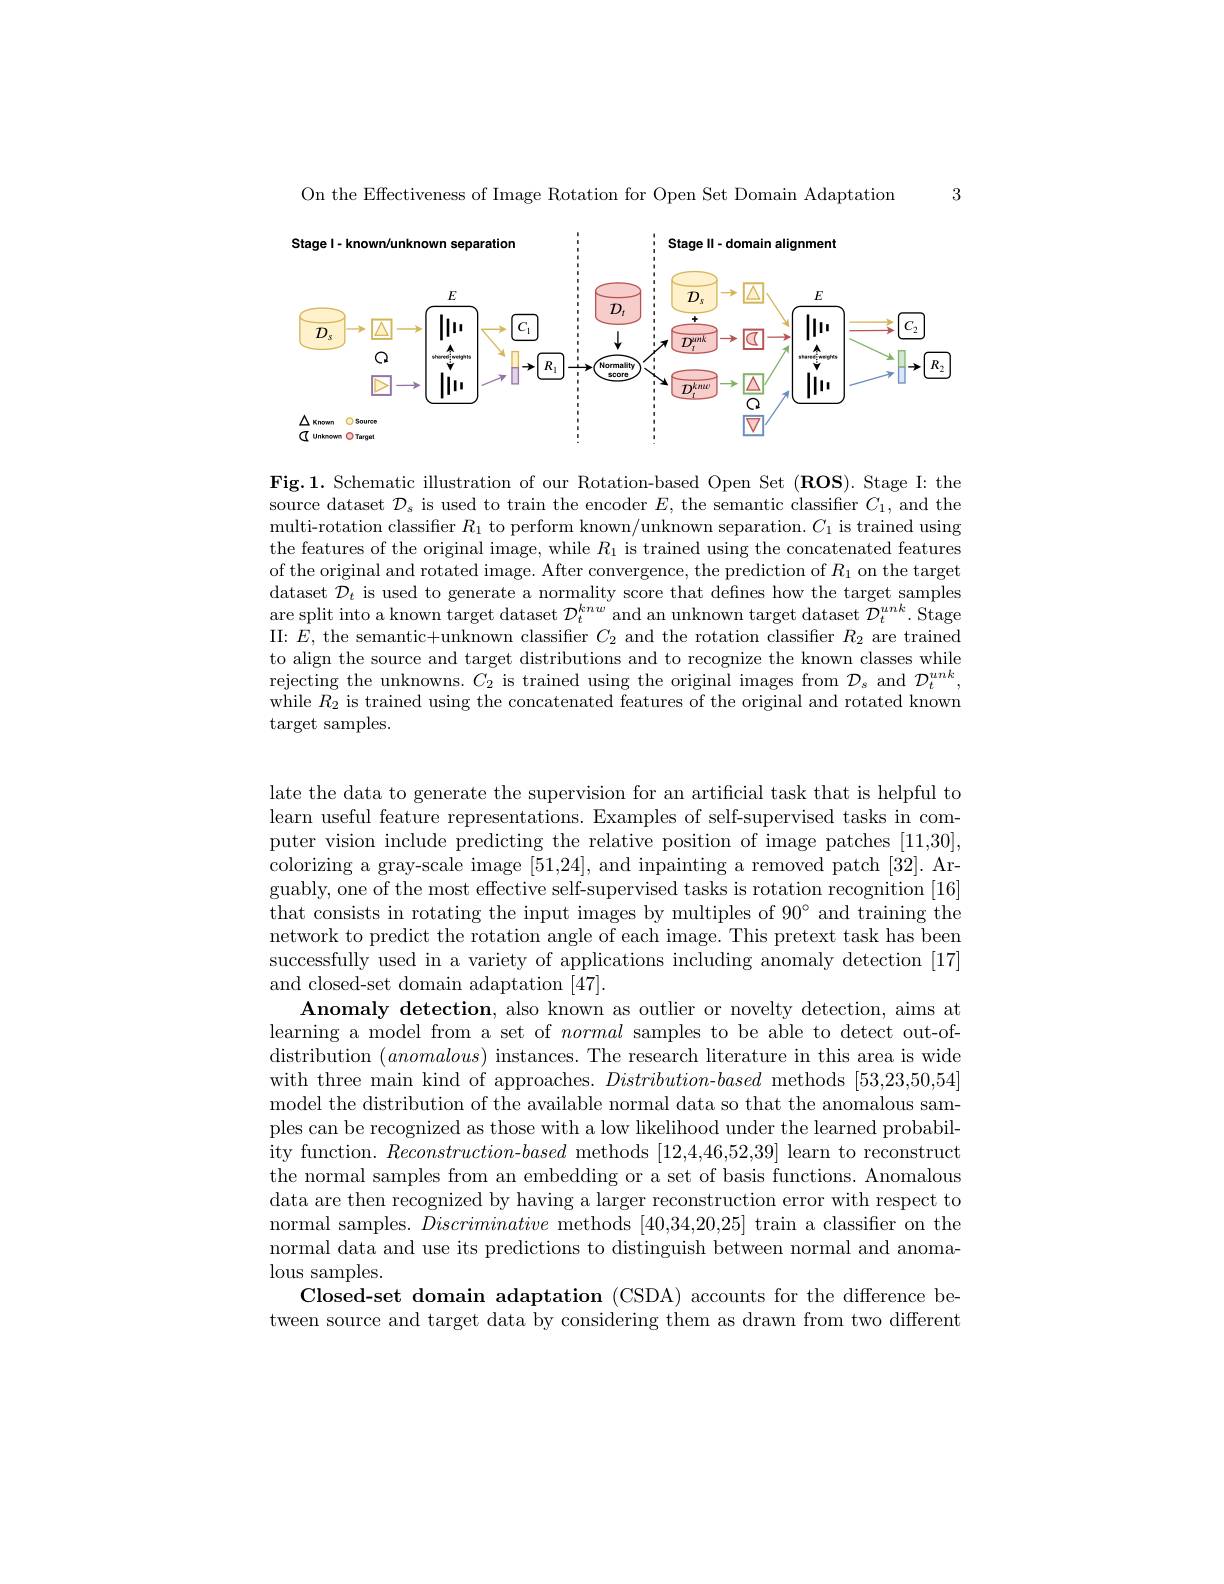
3

On the Effectiveness of Image Rotation for Open Set Domain Adaptation

<FigureHere>

$\mathbf{Fig.1.Schematic~illustration~of~our~Rotation-based~Open~Set~(ROS).~Stage~I:~the}$ source dataset $\mathcal{D}_s$ is used to train the encoder $E$, the semantic classifier $C_1$, and the multi-rotation classifer $R_1$ to perform known/unknown separation. $C_1$ is trained using the features of the original image, while $R_1$ is trained using the concatenated features of the original and rotated image. After convergence, the prediction of $R_1$ on the target dataset $\mathcal{D}_t$ is used to generate a normality score that defines how the target samples are split into a known target dataset $\mathcal{D}_t^{knw}$ and an unknown target dataset $\mathcal{D}_t^{unk}.$ Stage II: $E$, the semantic+unknown classiffer $C_2$ and the rotation classifier $R_2$ are trained to align the source and target distributions and to recognize the known classes while rejecting the unknowns. $C_2$ is trained using the original images from $\mathcal{D}_s$ and $\mathcal{D}_t^{unk}$, while $R_{2}$ is trained using the concatenated features of the original and rotated known $\operatorname{target}$samples.

late the data to generate the supervision for an artificial task that is helpful to learn useful feature representations. Examples of self-supervised tasks in computer vision include predicting the relative position of image patches [11,30], colorizing a gray-scale image [51,24], and inpainting a removed patch [32]. Arguably, one of the most effective self-supervised tasks is rotation recognition [16] that consists in rotating the input images by multiples of $90^{\circ}$ and training the network to predict the rotation angle of each image. This pretext task has been successfully used in a variety of applications including anomaly detection [17] and closed-set domain adaptation [47].
Anomaly detection, also known as outlier or novelty detection, aims at learning a model from a set of normal samples to be able to detect out-ofdistribution $(anomalous)$ instances. The research literature in this area is wide with three main kind of approaches. Distribution-based methods [53,23,50,54] model the distribution of the available normal data so that the anomalous samples can be recognized as those with a low likelihood under the learned probability function. Reconstruction-based methods [12,4,46,52,39] learn to reconstruct the normal samples from an embedding or a set of basis functions. Anomalous data are then recognized by having a larger reconstruction error with respect to normal samples. Discriminative methods [40,34,20,25] train a classifier on the normal data and use its predictions to distinguish between normal and anomalous samples.
Closed-set domain adaptation (CSDA) accounts for the difference between source and target data by considering them as drawn from two different